Standards of the constituents of the urine and blood and the bearing of the metabolism of Bengalis on the problems of nutrition - Number 34
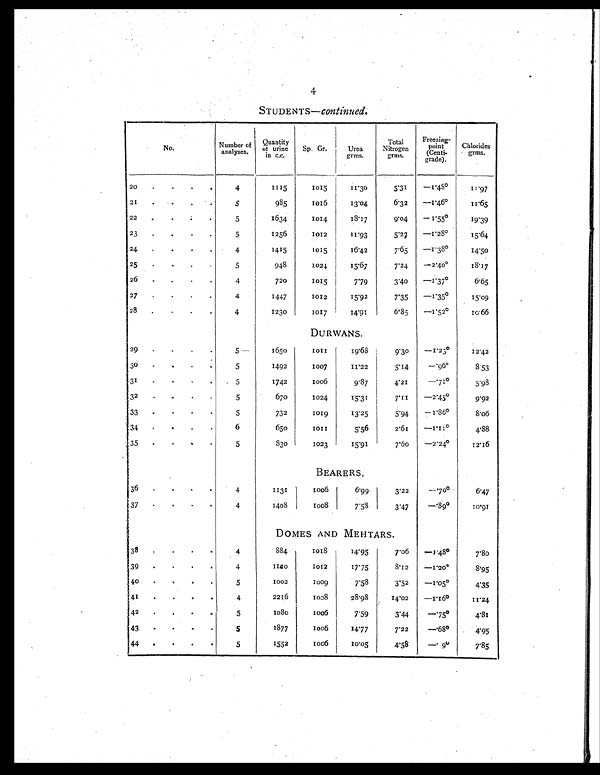
4
STUDENTS- continued.
No.
Number of
analyses.
Quantity
of urine
in c.c.
Sp. Gr.
Urea grms.
Total
Nitrogen
grms.
Freezing-
point
(Centi-
grade).
Chlorides
grms.
20 .
.
. .
4
1115
1015
11.30
5.31 -1.48°1 1.97
21 .
.
5
985
1016
13.04
6.32 -1.46°11.65
22 . . . .
5
1634
1014
18.17
9.04
-1.55°19.39
23 .
.
.
.
5
1256
1012
11.93
5.27
-1.28°15.64
24 .
. . .
4
1415
1015
16.42
7.65
-1.38°1 4.50
25 .
.
.
.
5
948
1024
15.67
7.24
-2.400
18.17
26
. . . .
4
720
1015
7.79
3.40
-1.37°6 .65
27 .
.
.
.
4
1447
1012
15.92
7.35
-1.35°1 5.09
28
. . . .
4
1230
1017
14.91
6.85
-1.52°10.66
DURWANS.
29
. . . .
5
1650
1 0 1 1
19.68
9.30
-1.23°12.42
30
5
1492
1007
11.22
5.14
-.96°8 .53
31
. . .
5
1742
1006
9.87
4.21
-.71°5.98
32
5
670
1024
15.31
7.11
-2.45º
9.92
33
. . . .
5
732
1019
13.25
5.94
-1.86°8.06
34 .
. . .
6
650
1 0 1 1
5.56
2.61
-1.11°4 .88
35
. . . .
5
830
1023
15.91
7.60
-2.24°12.16
B E A R E R S .
36
. . . .
4
1131
1006
6.99
3.22
-.70°6 .47
37
. . .
4
1408
1008
7.58
3.47
-.89°1 0.91
DOMES AND MEHTARS.
38
. . .
4
884
1 0 1 8
14.95
7.06 -1.48°7.80
39
. . .
4
1 1 2 0
1012
17.75
8.12
-1.20°8.95
40
5
1002
1009
7.58
3.52 -1.05°4 .35
41
4
2216
1008
28.98
14.02
-1.16º
11.24
42
5
1080
1006
7.59
3.44 -.75°4.81
43 . . .
5
1877
1006
14.77
7.22
-.68°4 .95
44 . . .
5
1552
1006
10.05
4.58
-.9º
7.85